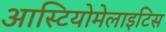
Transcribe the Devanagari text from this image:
आस्टियोमेलाइटिस